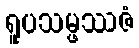
ရူပသမ္ဖဿဇံ